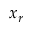
x _ { r }